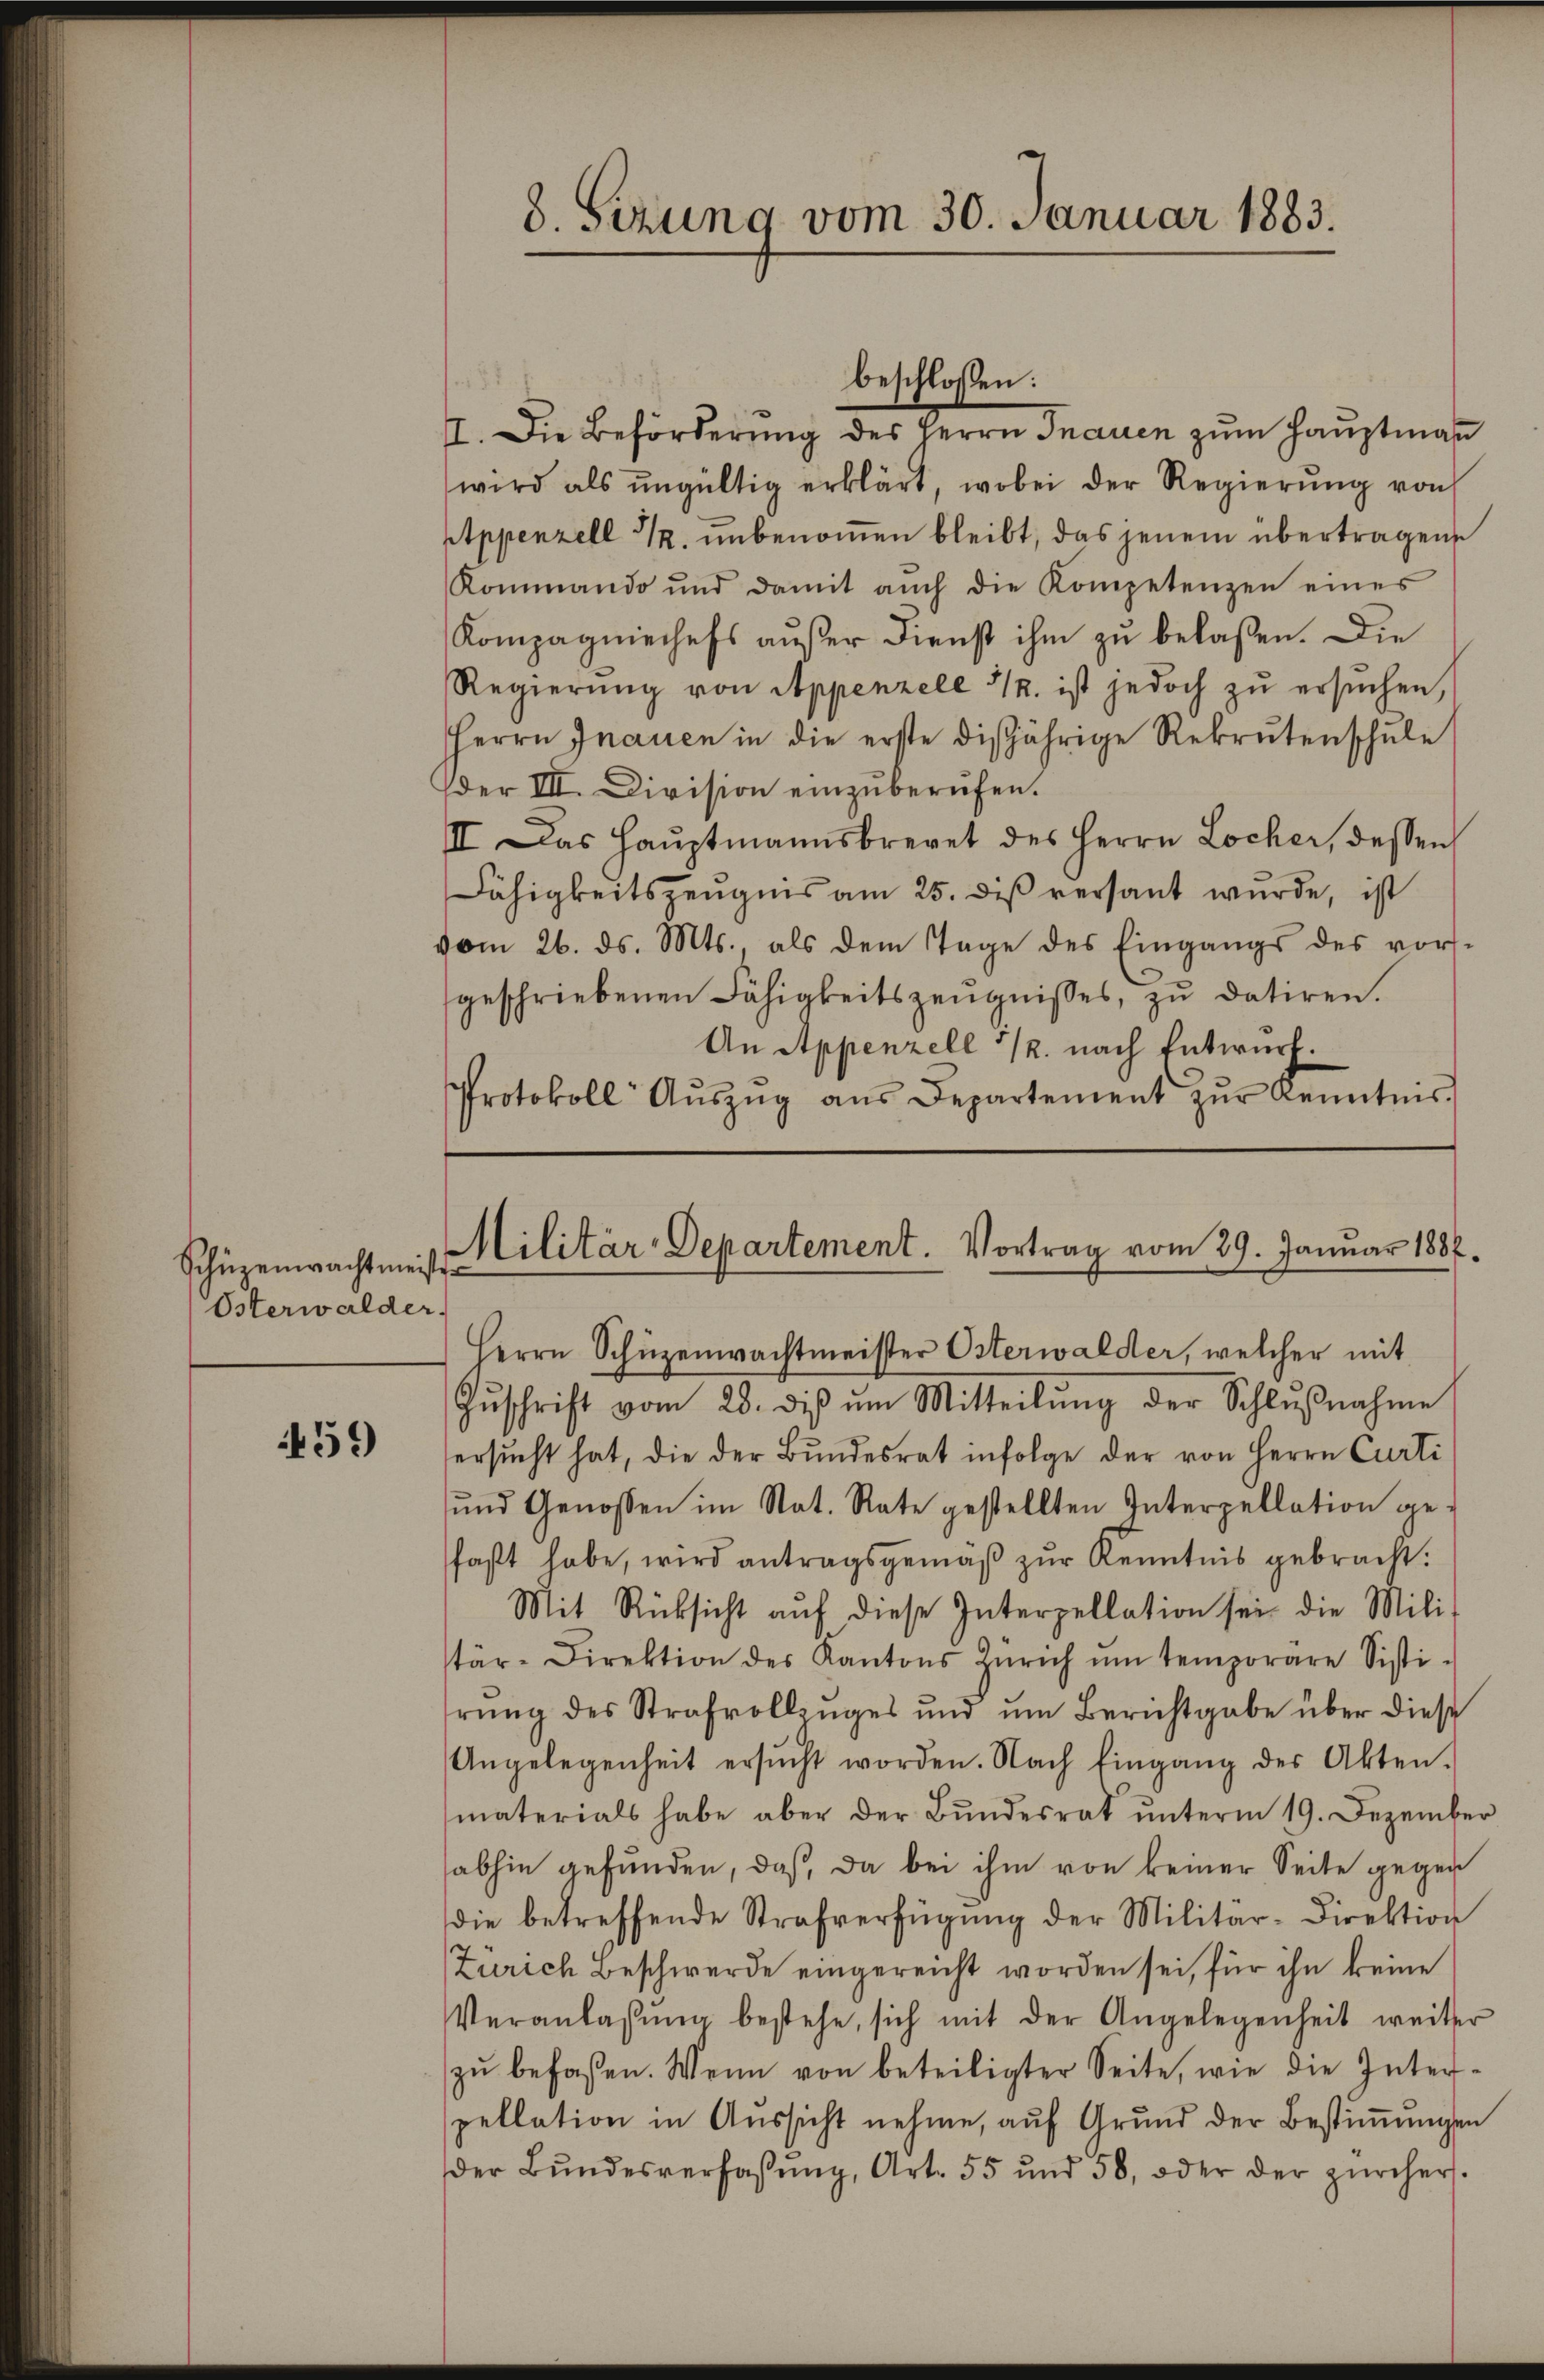
Schüzenwachtmeist
Österwalder.

459

I. Die Beförderŭng des Herrn Inauen zŭm Haŭptmaṅ
wird als ŭngültig erklärt, wobei der Regierŭng von
Appenzell 12. unbenommen bleibt, das jenem übertragene
Rommando und damit aŭch die Kompetenzen eines
Kompagniechefs außer Dienst ihm zu belaßen. Die
Regierŭng von Appenzele u. ist jedoch zŭ ersŭchen,
Herrn Inanen in die erste disjährige Rekrutenschŭle
der III. Division einzŭberŭfen.
III. Das Haŭptmannsbrevet des Herrn Locher, dessen
Fähigkeitszeugnis am 25. dieß versant wurde, ist
vom 26. ds. Mts., als dem Tage des Eingangs des vorsgeschriebenen Fähigkeitszeŭgnisses, zu datiren.
An Appenzell 12. nach Entwurf.
Protokoll Aŭszŭg aŭs Departement zŭr Kenntnis

8. Sizung vom 30. Januar 1883.

beschlossen:

Militär-Departement. Vortrag vom 29. Januar 1888.
Herrn Schüzenwachtmeister Osterwalder, welcher mit

Zŭschrift vom 28. diβ ŭm Mitteilŭng der Schlŭβnahme
ersŭcht hat, die der Bŭndesrat infolge der von Herrn Curti
und Genossen im Nat. Rate gestellten Interpellation ge-
faßt habe, wird antragsgemäβ zŭr Kenntnis gebracht.
Mit Rücksicht aŭf diese Interpellation sei die Mili-
tär-Direktion des Kantons Zürich ŭm temporare Sisti-
rŭng des Strafvollinges und um Berichtgabe über diese
Angelegenheit ersŭcht worden. Nach Eingang des Akten.
materials habe aber der Bŭndesrat ŭnterm 19. Dezember
abhin gefunden, daß da bei ihm von keiner Seite gegen
die betreffende Strafverfügŭng der Militär-Direktion
Zürich Beschwerde eingereicht worden sei, für ihn keine
Veranlassŭng bestehe, sich mit der Angelegenheit weiter
zŭ befassen. Wenn von beteiligter Seite, wie die Inter-
pellation in Aussicht nehme, auf Grund der Bestimungen
der Bŭndesverfassŭng, Art. 55 und 58, oder der zürchers.